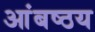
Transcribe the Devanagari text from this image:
आंबष्ठय